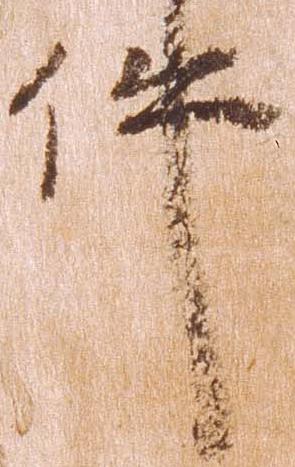
件